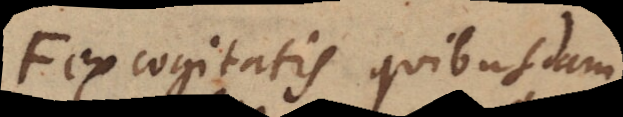
F ex cogitatis quibusdam